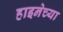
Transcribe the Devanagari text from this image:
हाइनेच्या